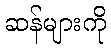
ဆန်များကို